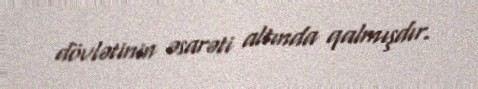
dövlətinin əsarəti altında qalmışdır.